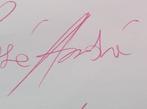
Signature authenticity: genuine